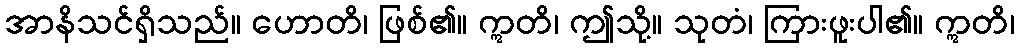
အာနိသင်ရှိသည်။ ဟောတိ၊ ဖြစ်၏။ ဣတိ၊ ဤသို့။ သုတံ၊ ကြားဖူးပါ၏။ ဣတိ၊